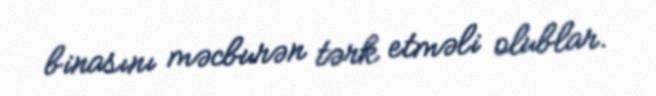
binasını məcburən tərk etməli olublar.